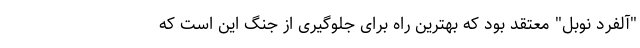
"آلفرد نوبل" معتقد بود که بهترین راه برای جلوگیری از جنگ این است که